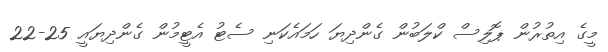
މީގެ އިތުރުން ޕޮލިސް ކްލަބުން ގެންދިޔަ ހަމައެކަނި ސެޓު އެޓީމުން ގެންދިޔައީ 25-22